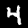
Digit: 4